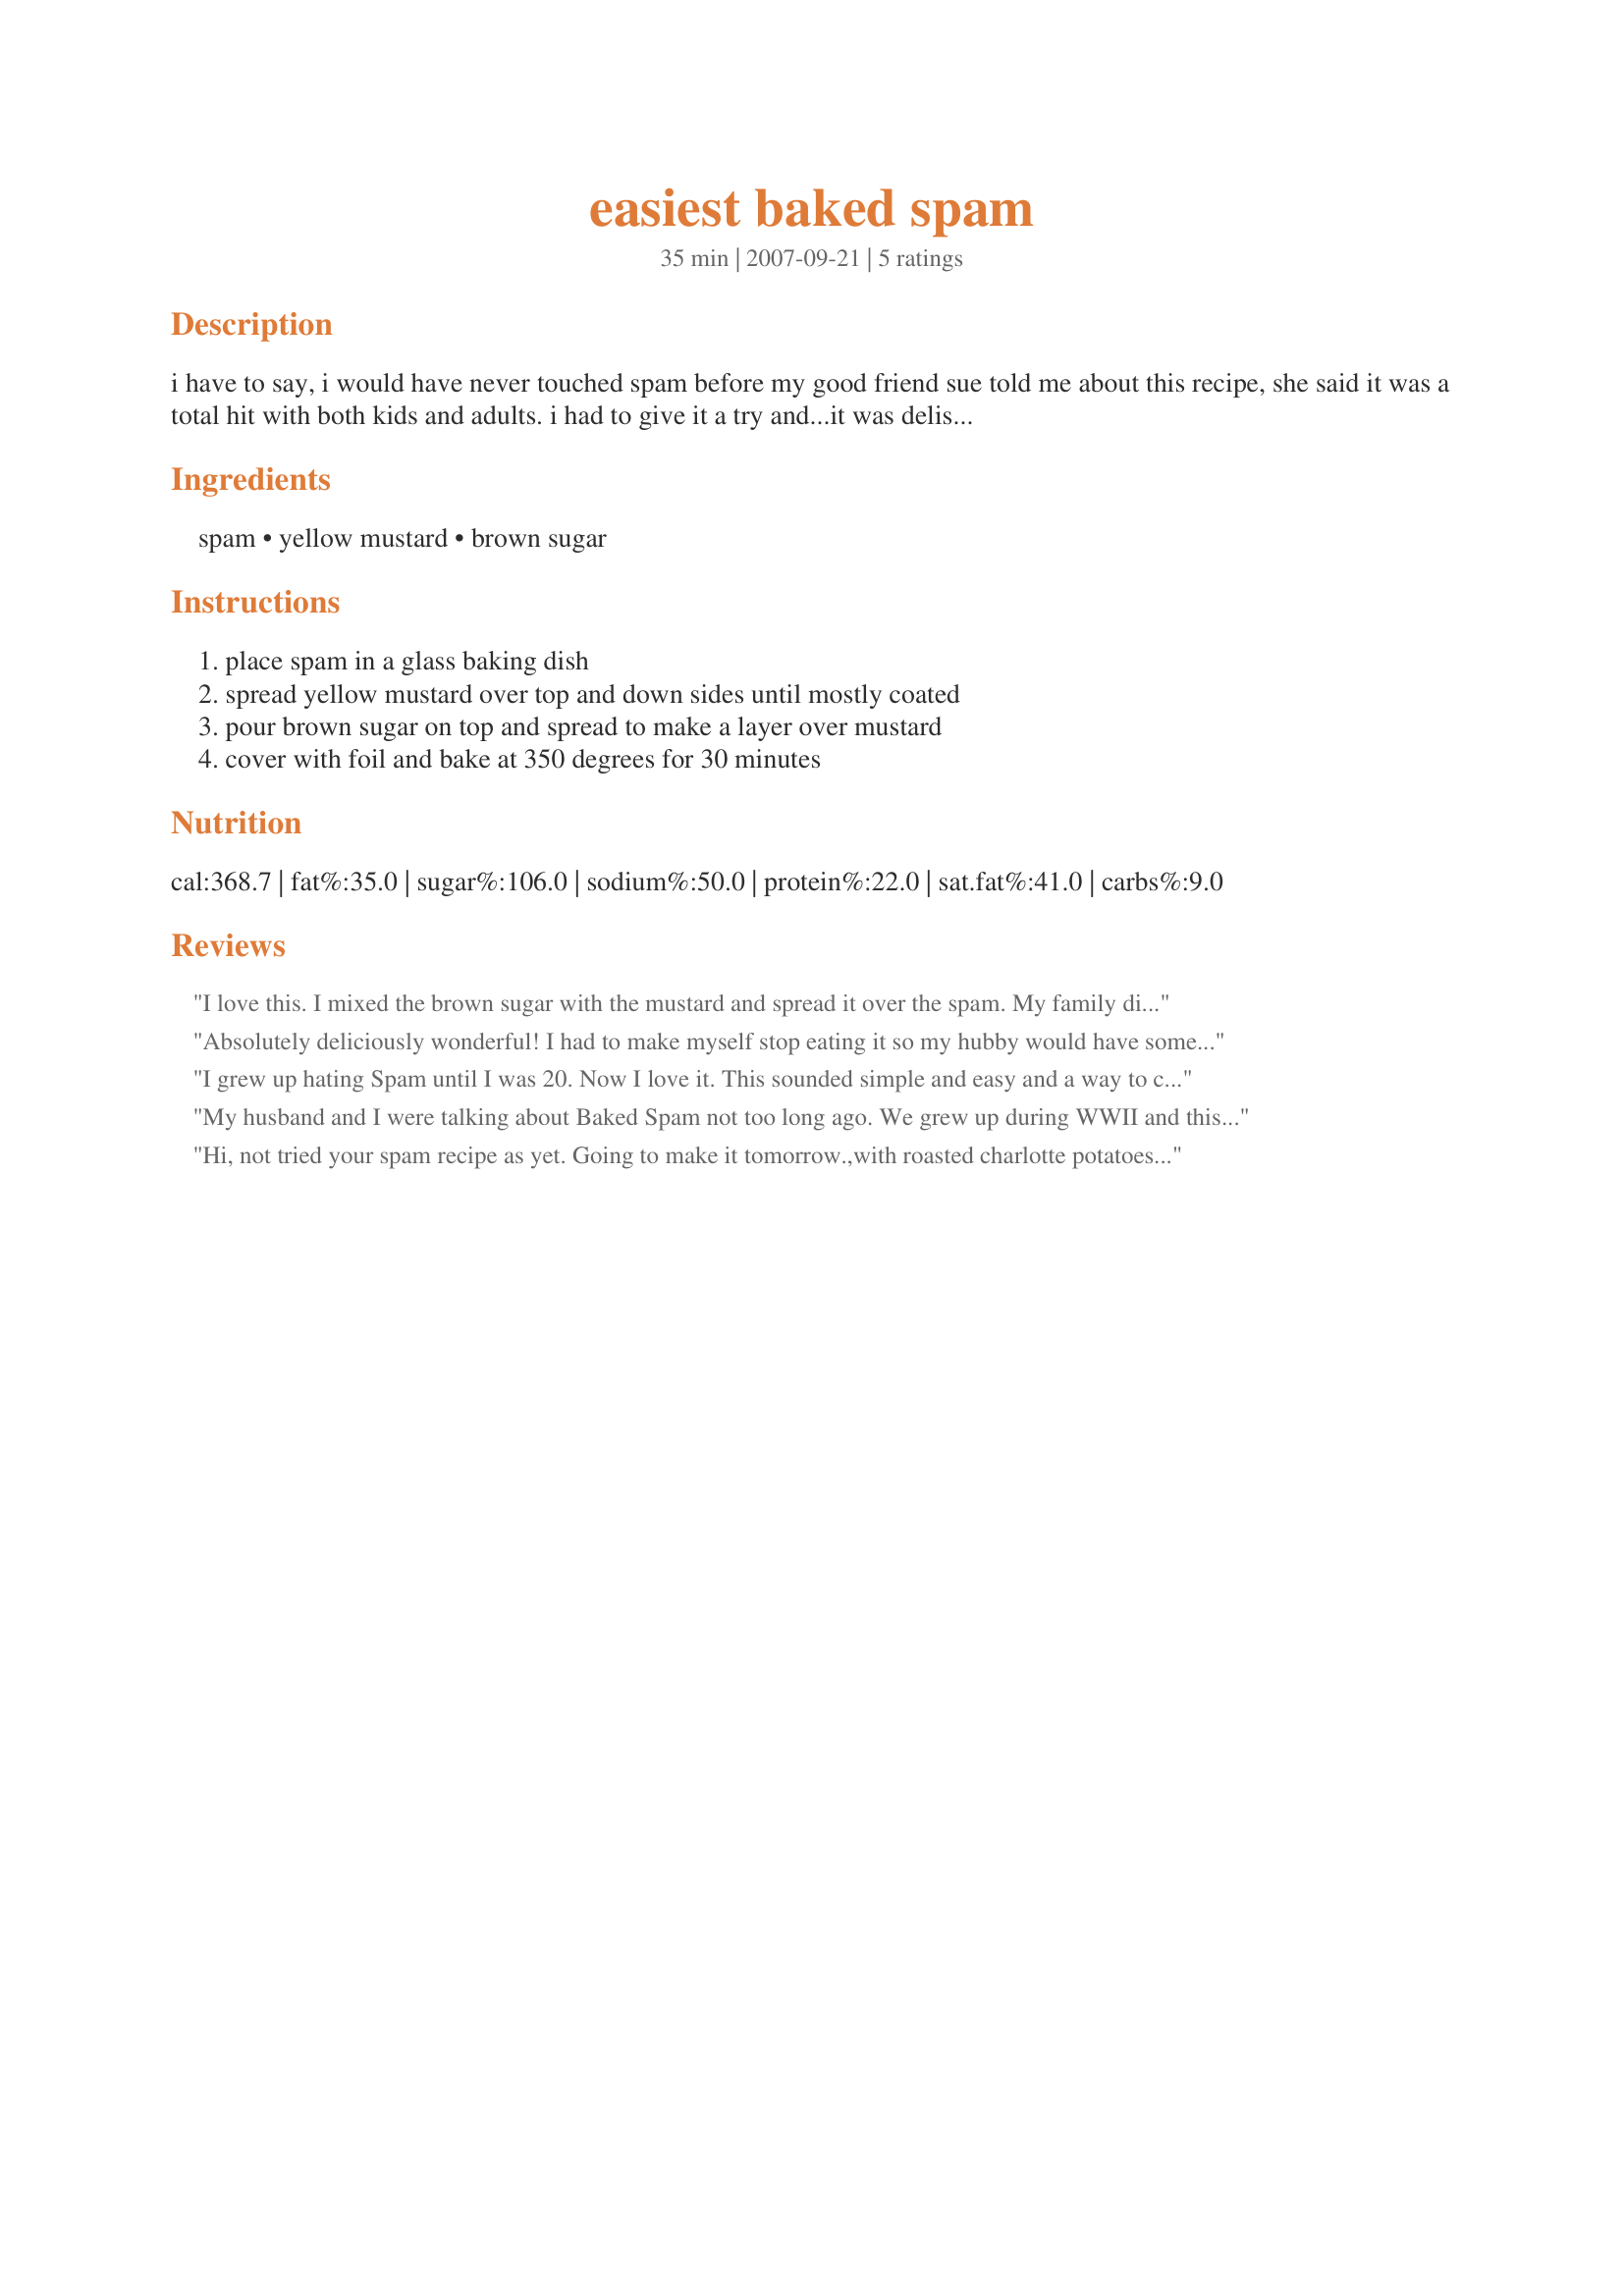
easiest baked spam
Preparation time: 35 minutes

i have to say, i would have never touched spam before my good friend sue told me about this recipe, she said it was a total hit with both kids and adults. i had to give it a try and...it was delish! my family and i are hooked!

Ingredients:
spam, yellow mustard, brown sugar

Steps:
place spam in a glass baking dish, spread yellow mustard over top and down sides until mostly coated, pour brown sugar on top and spread to make a layer over mustard, cover with foil and bake at 350 degrees for 30 minutes

Reviews:
I love this. I mixed the brown sugar with the mustard and spread it over the spam. My family didn't care too much for it but I loved it. I've made it for breakfast the past couple of mornings! Total comfort food.
Absolutely deliciously wonderful! I had to make myself stop eating it so my hubby would have some for dinner!
I grew up hating Spam until I was 20. Now I love it. This sounded simple and easy and a way to cook it differently then the way I always do it. My picky little boy loved it; he ate 5 slices! Def a keeper!
My husband and I were talking about Baked Spam not too long ago. We grew up during WWII and this recipe was a staple. It brings back many good memories of not having an awful lot to do with. My mom made this often and we thought it was delicious. It was. She made it just like you have it here. I remember her putting the mustard all over it and patting the brown sugar around it. My husband's mother put clove spikes in hers. But my mom didn't. Thanks for the memory and I have made this for hubby a few times because he loves it.
Hi, not tried your spam recipe as yet. Going to make it tomorrow.,with roasted charlotte potatoes, roast garlic and roast courgettes. Will let you know. Guy. Guy. UK Nailsea, Bristol.
